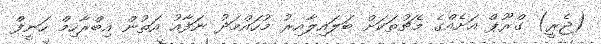
(ޖެރީ) ގްރޫޕް އަށެއްގެ މެޗުތަކަށް ބަލައިލާއިރު މުހައްމަދު ނަފާއު އަތުން އިބްރާހިމް ހަނީފް